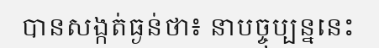
បានសង្កត់ធ្ងន់ថា៖ នាបច្ចុប្បន្ននេះ